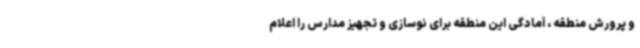
و پرورش منطقه ، آمادگی این منطقه برای نوسازی و تجهیز مدارس را اعلام